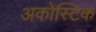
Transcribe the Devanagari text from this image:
अकोस्टिक